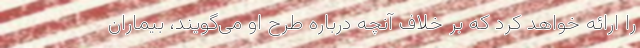
را ارائه خواهد کرد که بر خلاف آنچه درباره طرح او می‌گویند، بیماران